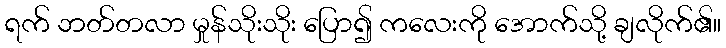
ရက် ဘတ်တလာ မှုန်သိုးသိုး ပြော၍ ကလေးကို အောက်သို့ ချလိုက်၏။